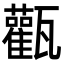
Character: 𤮴